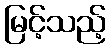
မြင့်သည့်